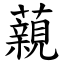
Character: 藽